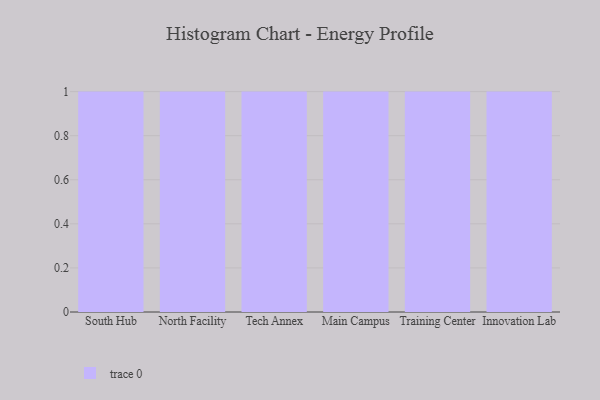
{"axis": {"x": "Campus", "y": "Headcount"}, "legend": [""], "data": [{"x": "South Hub", "y": 100, "type": ""}, {"x": "North Facility", "y": 44, "type": ""}, {"x": "Tech Annex", "y": 79, "type": ""}, {"x": "Main Campus", "y": 49, "type": ""}, {"x": "Training Center", "y": 81, "type": ""}, {"x": "Innovation Lab", "y": 63, "type": ""}]}